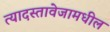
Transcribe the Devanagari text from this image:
त्यादस्तावेजामधील